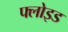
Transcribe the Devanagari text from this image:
फ्लोइड